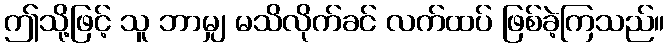
ဤသို့ဖြင့် သူ ဘာမျှ မသိလိုက်ခင် လက်ထပ် ဖြစ်ခဲ့ကြသည်။